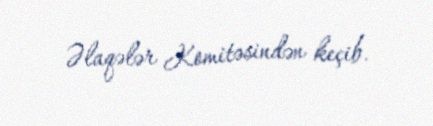
Əlaqələr Komitəsindən keçib.